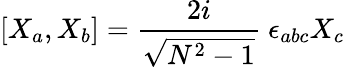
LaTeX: [X_{a},X_{b}]=\frac{2i}{\sqrt{N^{2}-1}}\ \epsilon_{abc}X_{c}